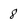
Character: 8